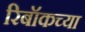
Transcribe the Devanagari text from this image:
रिबॉकच्या